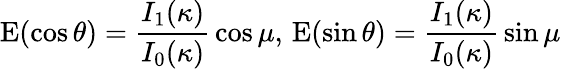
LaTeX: \operatorname{E}(\cos\theta)={\frac{I_{1}(\kappa)}{I_{0}(\kappa)}}\cos\mu,\, \operatorname{E}(\sin\theta)={\frac{I_{1}(\kappa)}{I_{0}(\kappa)}}\sin\mu